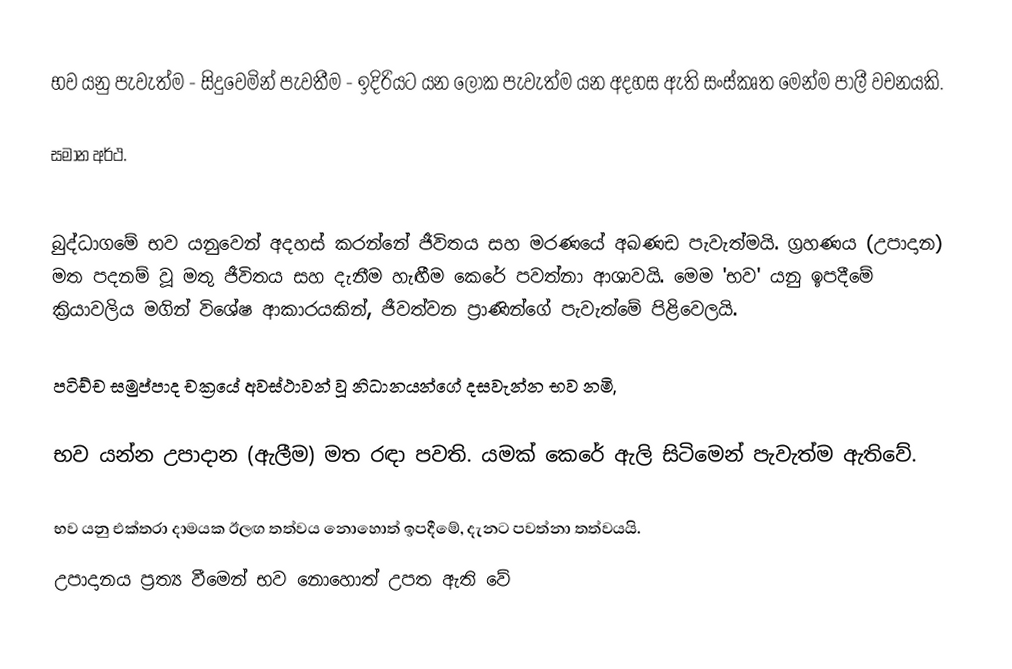
භව යනු පැවැත්ම - සිදුවෙමින් පැවතීම - ඉදිරියට  යන ලෝක පැවැත්ම යන අදහස ඇති සංස්කෘත මෙන්ම පාලී වචනයකි.

සමාන අර්ථ.

බුද්ධාගමේ භව යනුවෙන් අදහස් කරන්නේ ජීවිතය සහ මරණයේ අඛණඩ පැවැත්මයි. ග්‍රහණය (උපාදාන) මත පදනම් වූ මතු ජීවිතය සහ දැනීම හැඟීම කෙරේ පවත්නා ආශාවයි. මෙම 'භව' යනු ඉපදීමේ ක්‍රියාවලිය මගින් විශේෂ ආකාරයකින්, ජීවත්වන ප්‍රාණින්ගේ පැවැත්මේ පිළිවෙලයි.

පටිච්ච සමුප්පාද චක්‍රයේ අවස්ථාවන් වූ නිධානයන්ගේ දසවැන්න භව නමි,

භව යන්න උපාදාන (ඇලීම) මත රඳා පවති.	යමක් කෙරේ ඇලි සිටිමෙන් පැවැත්ම ඇතිවේ.

භව යනු එක්තරා දාමයක ඊලඟ තත්වය නොහොත් ඉපදීමේ, දැනට පවත්නා තත්වයයි.
	උපාදානය ප්‍රත්‍ය වීමෙන් භව නොහොත් උපත ඇති වේ